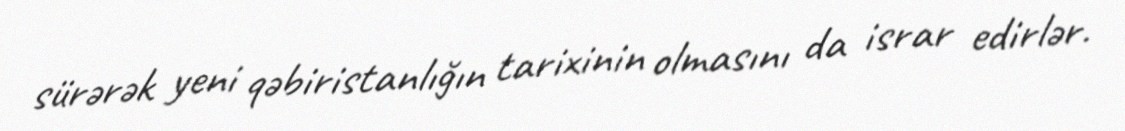
sürərək yeni qəbiristanlığın tarixinin olmasını da israr edirlər.